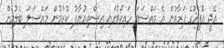
އޭޖީ އޮފީހުގެ ފަރާތުން އެ މައްސަލަ ހައިކޯޓުގައި އިސްތިއުނާފު ކުރުމުން މައްސަލަ ބެލުމަށް